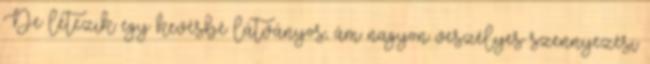
De létezik egy kevésbé látványos, ám nagyon veszélyes szennyezési